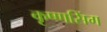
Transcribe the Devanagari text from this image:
कृष्णसिंग